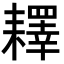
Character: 𦔥